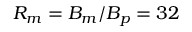
\ensuremath { R _ { m } } = \ensuremath { B _ { m } } / \ensuremath { B _ { p } } = 3 2